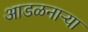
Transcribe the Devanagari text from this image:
आडळनाऱ्या